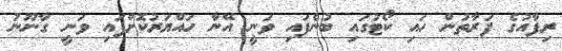
ރިފާއުގެ ފަރާތުން ހައި ކޯޓުގައި ބުނެފައި ވަނީ އޭނާ ހައްޔަރުކޮށްފައި ވަނީ ގާނޫނު